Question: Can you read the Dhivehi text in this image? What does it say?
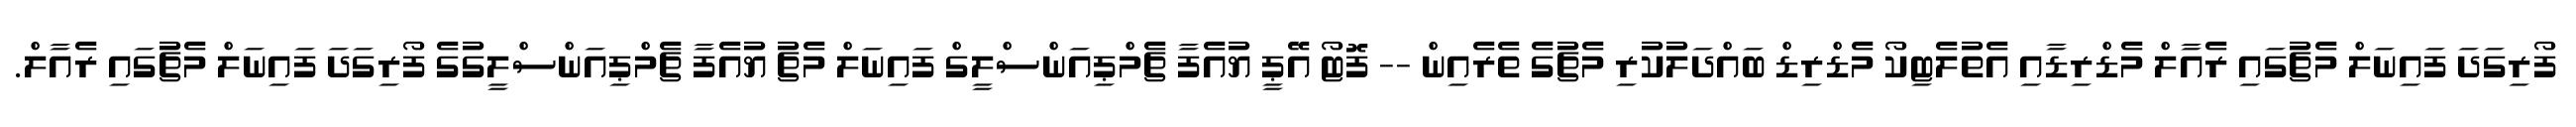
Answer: ފޯރިގަދަ ފައިނަލް މެޗުގައި ރެއާލް މެޑްރިޑާއި އެތުލެޓިކޯ މެޑްރިޑް ބައްދަލުކުރި މެޗުގެ ތެރެއިން -- ފޮޓޯ އޭޕީ ޔުއެފާ ޗެމްޕިއަންސްލީގް ފައިނަލް މެޗު ޔުއެފާ ޗެމްޕިއަންސްލީގުގެ ފޯރިގަދަ ފައިނަލް މެޗުގައި ރެއާލް.